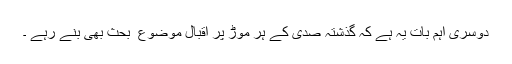
دوسری اہم بات یہ ہے كہ گذشتہ صدی كے ہر موڑ پر اقبال موضوع ِ بحث بھی بنے رہے ۔